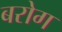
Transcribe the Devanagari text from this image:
बरोग